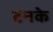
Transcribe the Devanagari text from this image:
टनके